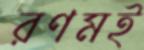
রণমই